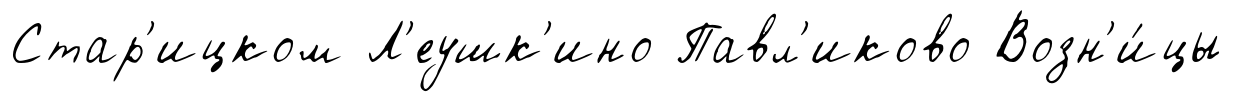
Стар'ицком Л'еушк'ино Павл'иково Возн'и́цы